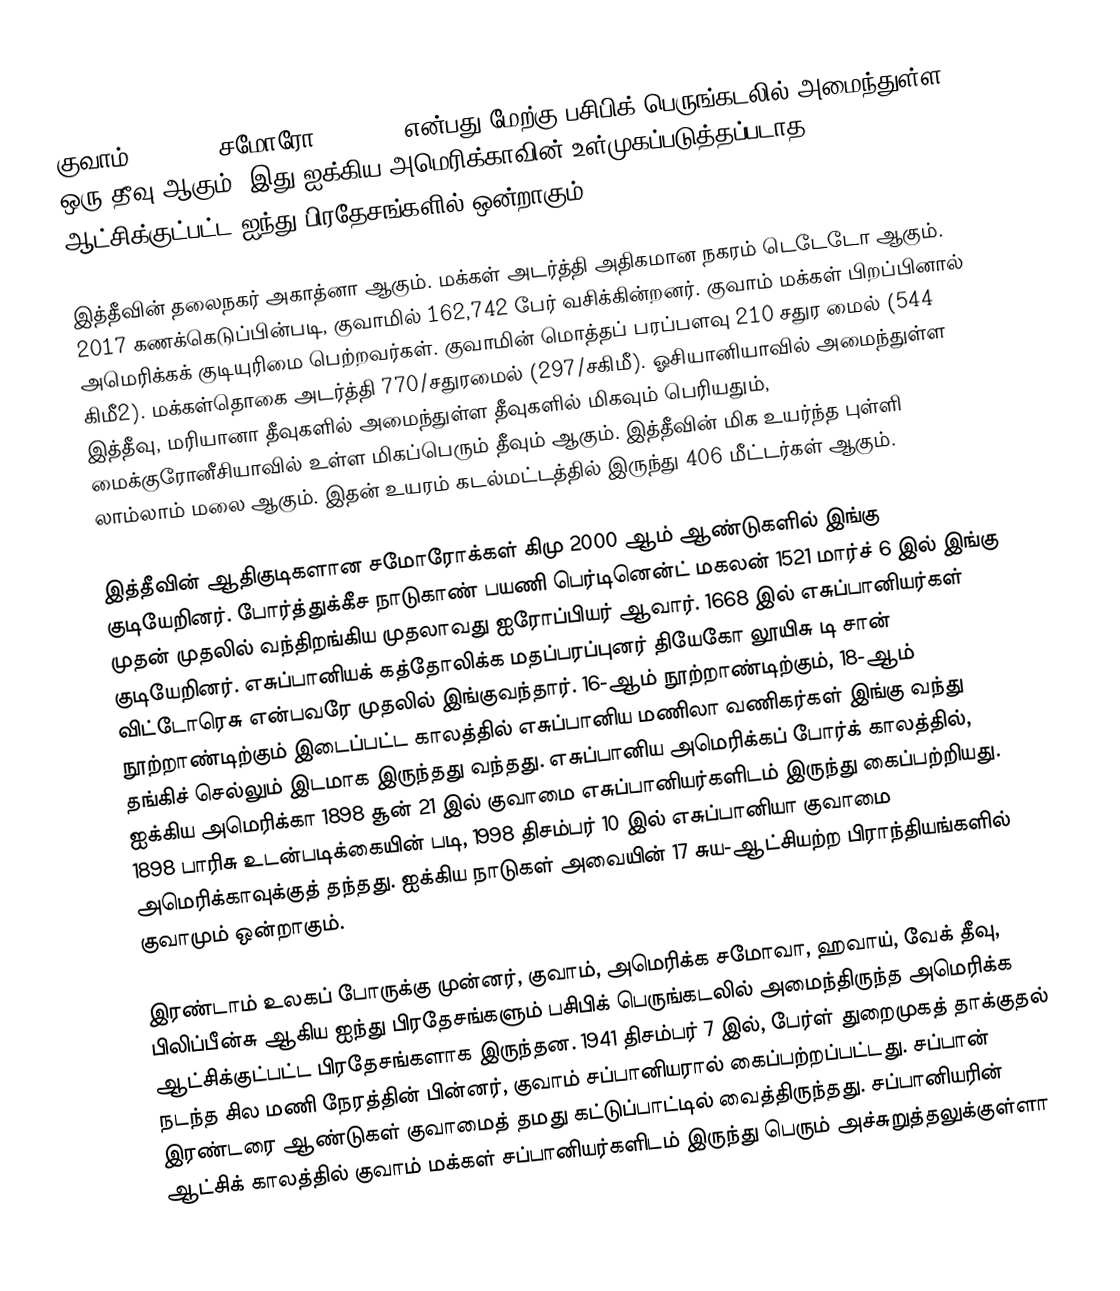
குவாம் (Guam, ; சமோரோ: Guåhån) என்பது மேற்கு பசிபிக் பெருங்கடலில் அமைந்துள்ள ஒரு தீவு ஆகும். இது ஐக்கிய அமெரிக்காவின் உள்முகப்படுத்தப்படாத ஆட்சிக்குட்பட்ட ஐந்து பிரதேசங்களில் ஒன்றாகும்.

இத்தீவின் தலைநகர் அகாத்னா ஆகும். மக்கள் அடர்த்தி அதிகமான நகரம் டெடேடோ ஆகும். 2017 கணக்கெடுப்பின்படி, குவாமில் 162,742 பேர் வசிக்கின்றனர். குவாம் மக்கள் பிறப்பினால் அமெரிக்கக் குடியுரிமை பெற்றவர்கள். குவாமின் மொத்தப் பரப்பளவு 210 சதுர மைல் (544 கிமீ2). மக்கள்தொகை அடர்த்தி 770/சதுரமைல் (297/சகிமீ). ஓசியானியாவில் அமைந்துள்ள இத்தீவு, மரியானா தீவுகளில் அமைந்துள்ள தீவுகளில் மிகவும் பெரியதும், மைக்குரோனீசியாவில் உள்ள மிகப்பெரும் தீவும் ஆகும். இத்தீவின் மிக உயர்ந்த புள்ளி லாம்லாம் மலை ஆகும். இதன் உயரம் கடல்மட்டத்தில் இருந்து 406 மீட்டர்கள் ஆகும்.

இத்தீவின் ஆதிகுடிகளான சமோரோக்கள் கிமு 2000 ஆம் ஆண்டுகளில் இங்கு குடியேறினர். போர்த்துக்கீச நாடுகாண் பயணி பெர்டினென்ட் மகலன் 1521 மார்ச் 6 இல் இங்கு முதன் முதலில் வந்திறங்கிய முதலாவது ஐரோப்பியர் ஆவார். 1668 இல் எசுப்பானியர்கள் குடியேறினர். எசுப்பானியக் கத்தோலிக்க மதப்பரப்புனர் தியேகோ லூயிசு டி சான் விட்டோரெசு என்பவரே முதலில் இங்குவந்தார். 16-ஆம் நூற்றாண்டிற்கும், 18-ஆம் நூற்றாண்டிற்கும் இடைப்பட்ட காலத்தில் எசுப்பானிய மணிலா வணிகர்கள் இங்கு வந்து தங்கிச் செல்லும் இடமாக இருந்தது வந்தது. எசுப்பானிய அமெரிக்கப் போர்க் காலத்தில், ஐக்கிய அமெரிக்கா 1898 சூன் 21 இல் குவாமை எசுப்பானியர்களிடம் இருந்து கைப்பற்றியது. 1898 பாரிசு உடன்படிக்கையின் படி, 1998 திசம்பர் 10 இல் எசுப்பானியா குவாமை அமெரிக்காவுக்குத் தந்தது. ஐக்கிய நாடுகள் அவையின் 17 சுய-ஆட்சியற்ற பிராந்தியங்களில் குவாமும் ஒன்றாகும்.

இரண்டாம் உலகப் போருக்கு முன்னர், குவாம், அமெரிக்க சமோவா, ஹவாய், வேக் தீவு, பிலிப்பீன்சு ஆகிய ஐந்து பிரதேசங்களும் பசிபிக் பெருங்கடலில் அமைந்திருந்த அமெரிக்க ஆட்சிக்குட்பட்ட பிரதேசங்களாக இருந்தன. 1941 திசம்பர் 7 இல், பேர்ள் துறைமுகத் தாக்குதல் நடந்த சில மணி நேரத்தின் பின்னர், குவாம் சப்பானியரால் கைப்பற்றப்பட்டது. சப்பான் இரண்டரை ஆண்டுகள் குவாமைத் தமது கட்டுப்பாட்டில் வைத்திருந்தது. சப்பானியரின் ஆட்சிக் காலத்தில் குவாம் மக்கள் சப்பானியர்களிடம் இருந்து பெரும் அச்சுறுத்தலுக்குள்ளா